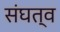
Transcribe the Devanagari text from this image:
संघत्व